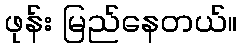
ဖုန်း မြည်နေတယ်။